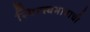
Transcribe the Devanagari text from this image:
स्थिरस्वभावाची